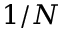
1 / N